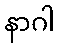
နာဂါ